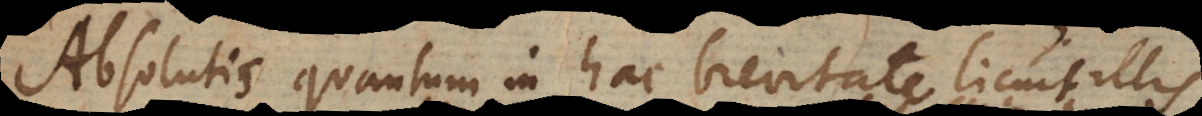
Absolutis quantum in hac brevitate licuit illi